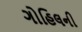
ગોહિલની